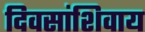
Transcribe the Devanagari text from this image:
दिवसांशिवाय